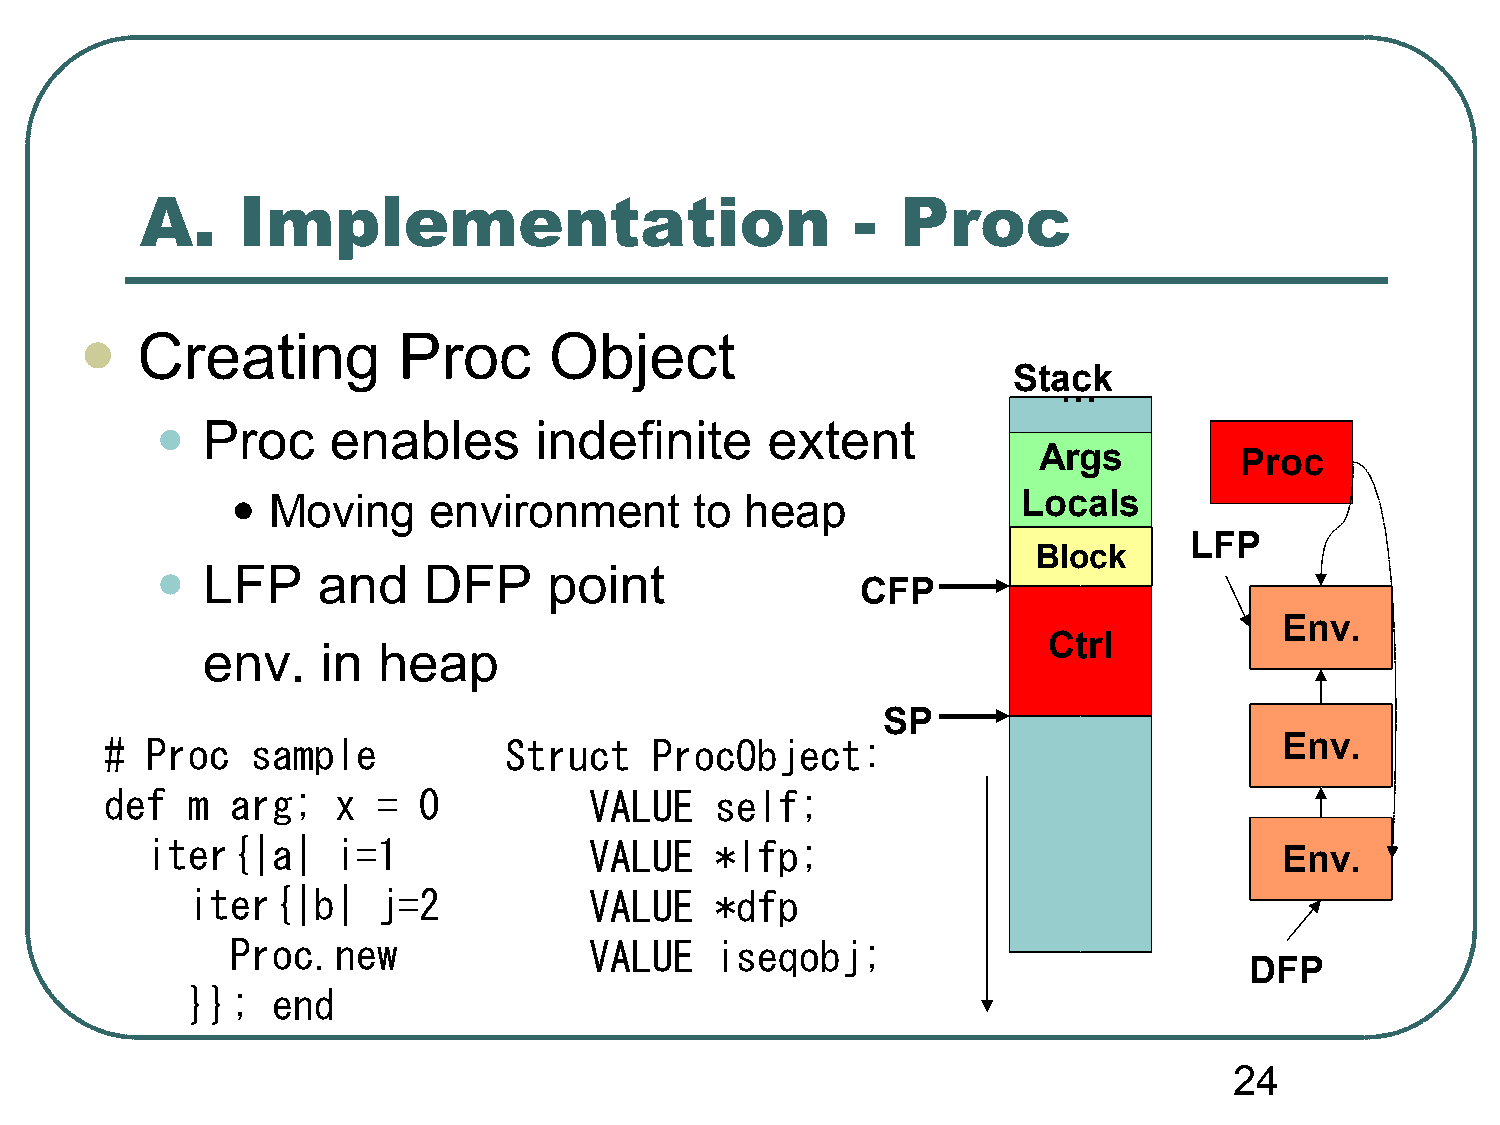
A.     Implementation                           -  Proc
 Creating         Proc      Object
 
 Stack
 …
 •
 Proc     enables      indefinite      extent
 Args         Proc
 •  Moving    environment       to heap               Locals
 LFP
 Block
 •
 LFP     and    DFP     point
 CFP
 Env.
 Ctrl
 env.    in  heap
 SP
 #  Proc   sample          Struct    ProcObject:                               Env.
 def  m  arg;   x  =  0          VALUE   self;
 iter{|a|    i=1              VALUE   *lfp;
 Env.
 iter{|b|     j=2           VALUE   *dfp
 Proc.new                VALUE   iseqobj;
 DFP
 }};   end
 24